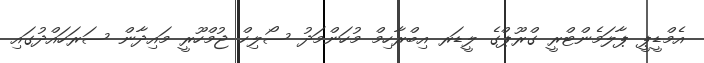
އެމްޑީޕީ ޕާލަމެންޓްރީ ގްރޫޕްގެ ލީޑަރ އިބްރާހިމް މުހަންމަދު ސޯލިހް ޖުމްހޫރީ މައިދާން ސަރަހައްދުގައި